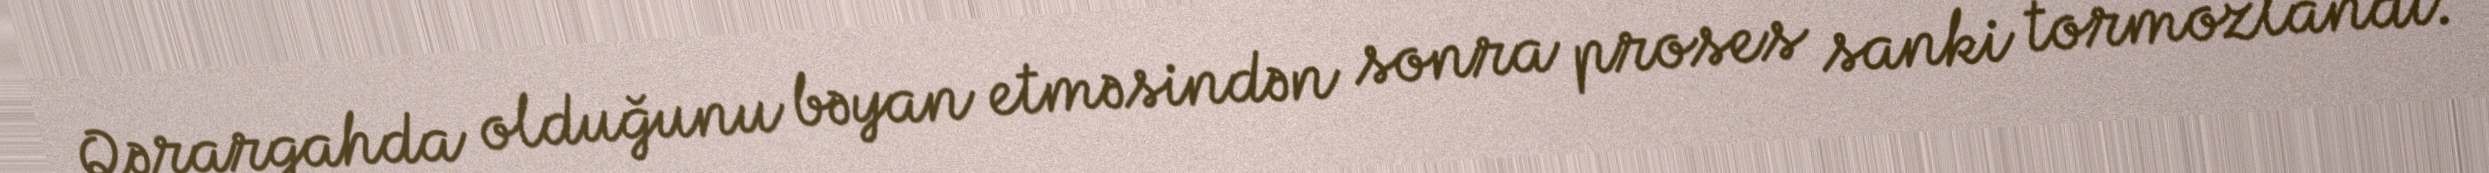
Qərargahda olduğunu bəyan etməsindən sonra proses sanki tormozlandı.